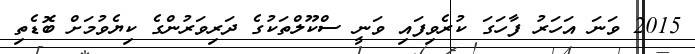
2015 ވަނަ އަހަރު ފާހަގަ ކުރެވިފައި ވަނީ ސްކޫލްތަކުގެ ދަރިވަރުންގެ ކިޔެވުމަށް ބޮޑެތި